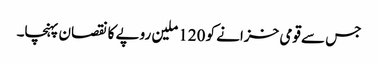
جس سے قومی خزانے کو 120 ملین روپے کا نقصان پہنچا۔